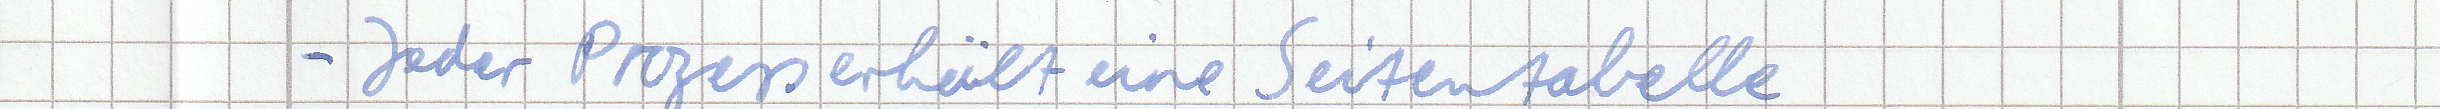
- Jeder Prozess erhält eine Seitentabelle